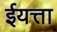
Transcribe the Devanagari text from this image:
ईयत्ता